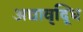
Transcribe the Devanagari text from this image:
अद्यावृद्धि